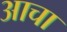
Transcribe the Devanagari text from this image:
आचा